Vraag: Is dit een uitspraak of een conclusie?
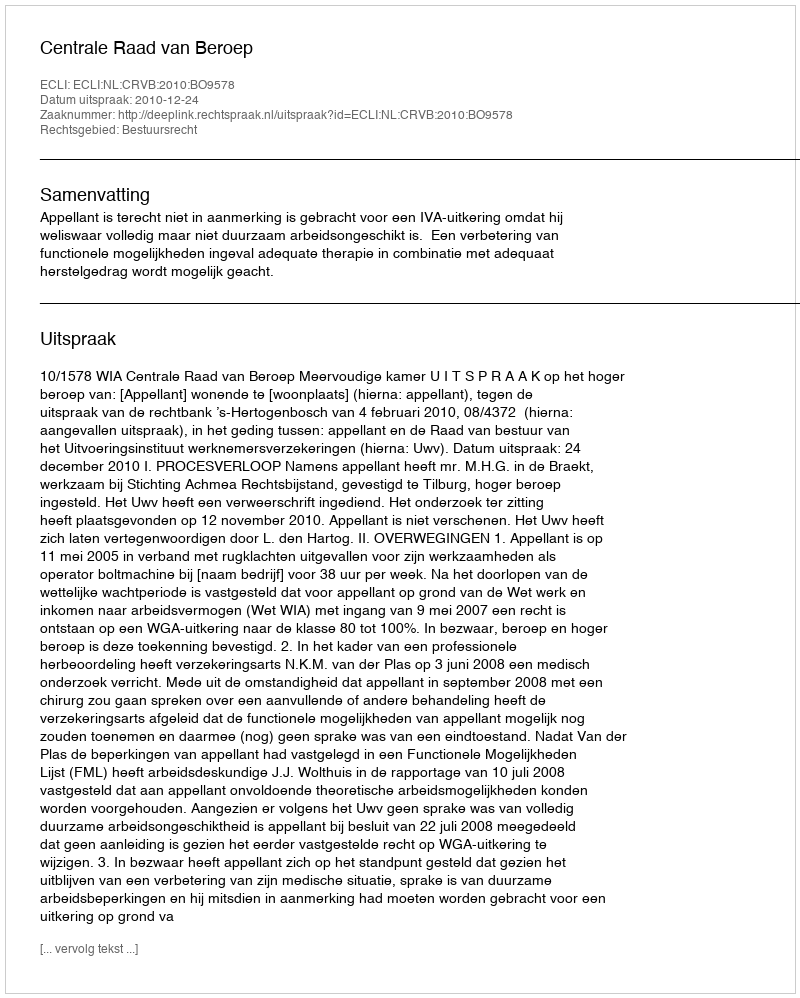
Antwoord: Uitspraak